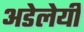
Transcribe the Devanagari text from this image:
अडेलेयी